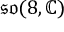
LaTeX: { \mathfrak { s o } } ( 8 , \mathbb { C } )